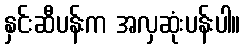
နှင်းဆီပန်းက အလှဆုံးပန်းပါ။